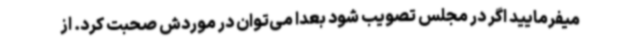
میفرمایید اگر در مجلس تصویب شود بعدا می‌توان در موردش صحبت کرد. از